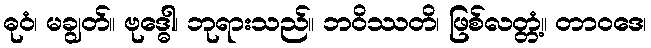
ဓုဝံ၊ မချွတ်။ ဗုဒ္ဓေါ၊ ဘုရားသည်။ ဘဝိဿတိ၊ ဖြစ်လတ္တံ့။ တာဝဒေ၊